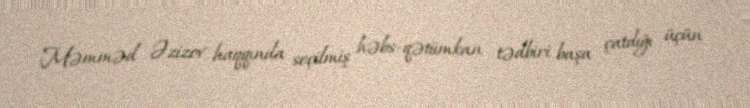
Məmməd Əzizov haqqında seçilmiş həbs-qətiimkan tədbiri başa çatdığı üçün